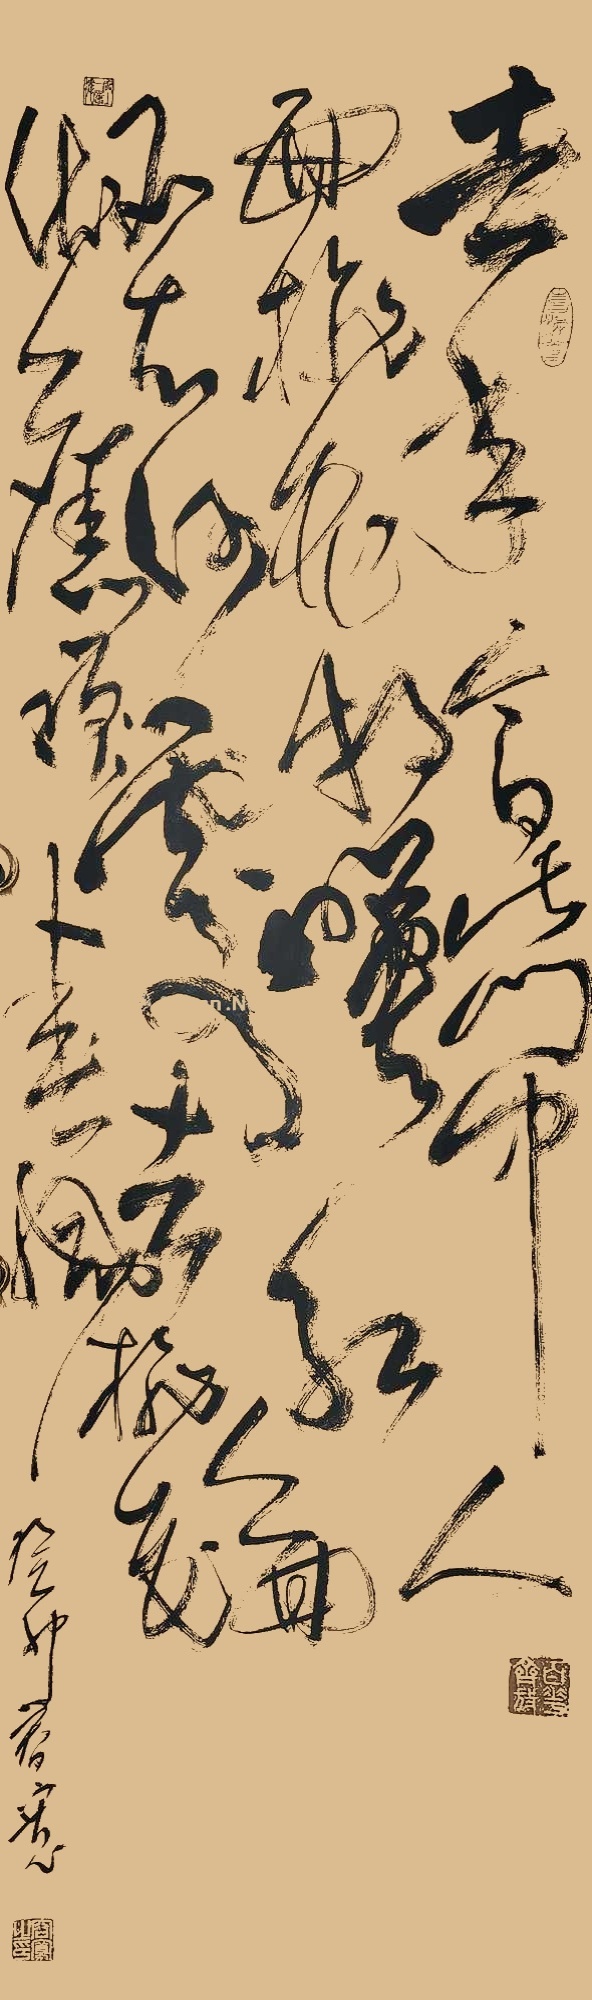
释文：去年今日此门中，人面桃花相映红。人面不知何处去，桃花依旧笑春风。容宽2023年作